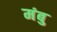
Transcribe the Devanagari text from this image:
मंबु